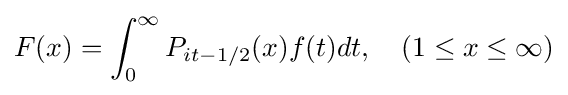
F(x)=\int _{0}^{\infty }P_{it-1/2}(x)f(t)dt,\quad (1\leq x\leq \infty )